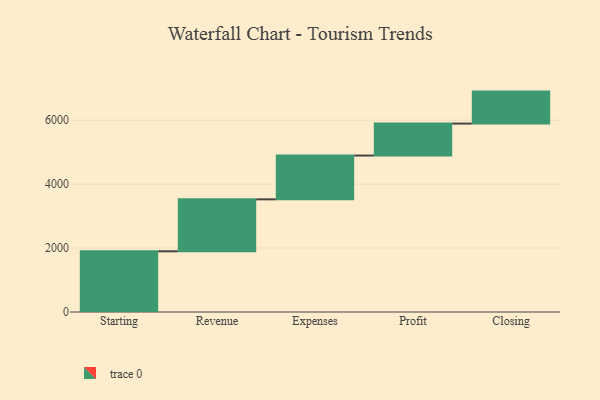
{"axis": {"x": "Step", "y": "Value"}, "legend": [""], "data": [{"x": "Starting", "y": 1898.0, "type": ""}, {"x": "Revenue", "y": 1625.0, "type": ""}, {"x": "Expenses", "y": 1369.0, "type": ""}, {"x": "Profit", "y": 1000, "type": ""}, {"x": "Closing", "y": 1000, "type": ""}]}